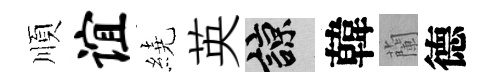
順谊繞英諒韓蘭德